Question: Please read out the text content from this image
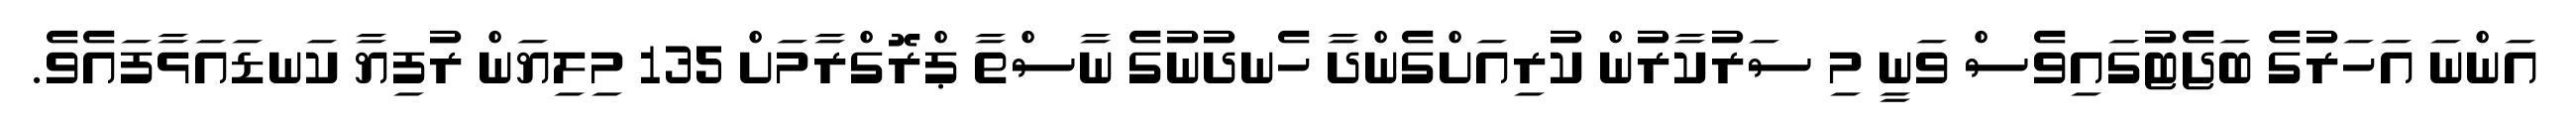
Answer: އަންނަ އަހަރުގެ ބަޖެޓުގައިވެސް ވަނީ މި ސަރުކާރުން ކުރިއަށްގެންދާ ހެނދުނުގެ ނާސްތާ ޕްރޮގްރާމަށް 135 މިލިޔަން ރުފިޔާ ކަނޑައަޅާފައެވެ.